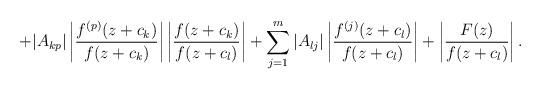
LaTeX: \begin{align*}+|A_{kp}|\left\vert \frac{f^{(p)}(z+c_{k})}{f(z+c_{k})}\right\vert\left\vert \frac{f(z+c_{k})}{f(z+c_{l})}\right\vert+\sum_{j=1}^{m}|A_{lj}|\left\vert \frac{f^{(j)}(z+c_{l})}{f(z+c_{l})}\right\vert +\left\vert \frac{F(z)}{f(z+c_{l})}\right\vert . \end{align*}